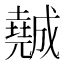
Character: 𡓖